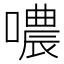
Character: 噥